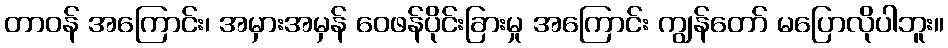
တာဝန် အကြောင်း၊ အမှားအမှန် ဝေဖန်ပိုင်းခြားမှု အကြောင်း ကျွန်တော် မပြောလိုပါဘူး။